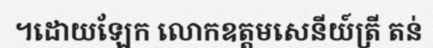
។ដោយឡែក លោកឧត្តមសេនីយ៍ត្រី តន់